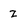
Character: z